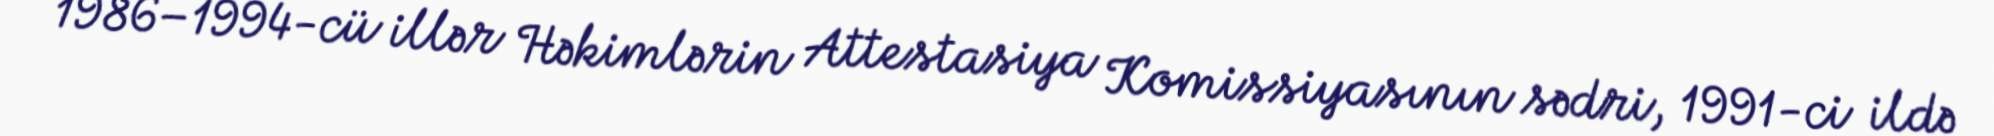
1986–1994-cü illər Həkimlərin Attestasiya Komissiyasının sədri, 1991-ci ildə